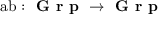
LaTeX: { \mathrm { a b } } : { \textbf { G r p } } \to { \textbf { G r p } }